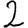
Digit: 2